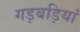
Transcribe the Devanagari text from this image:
गड़बड़ियां